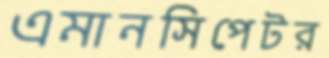
এমানসিপেটর